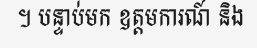
។ បន្ទាប់មក ឧត្តមការណ៍ និង